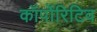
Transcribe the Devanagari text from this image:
कॉर्पोरिटिव